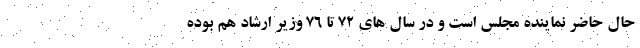
حال حاضر نماینده مجلس است و در سال های 72 تا 76 وزیر ارشاد هم بوده